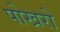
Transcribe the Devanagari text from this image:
पोखरो